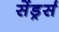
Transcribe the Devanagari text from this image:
सेंड्रर्स